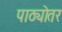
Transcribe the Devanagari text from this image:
पाठ्योतर